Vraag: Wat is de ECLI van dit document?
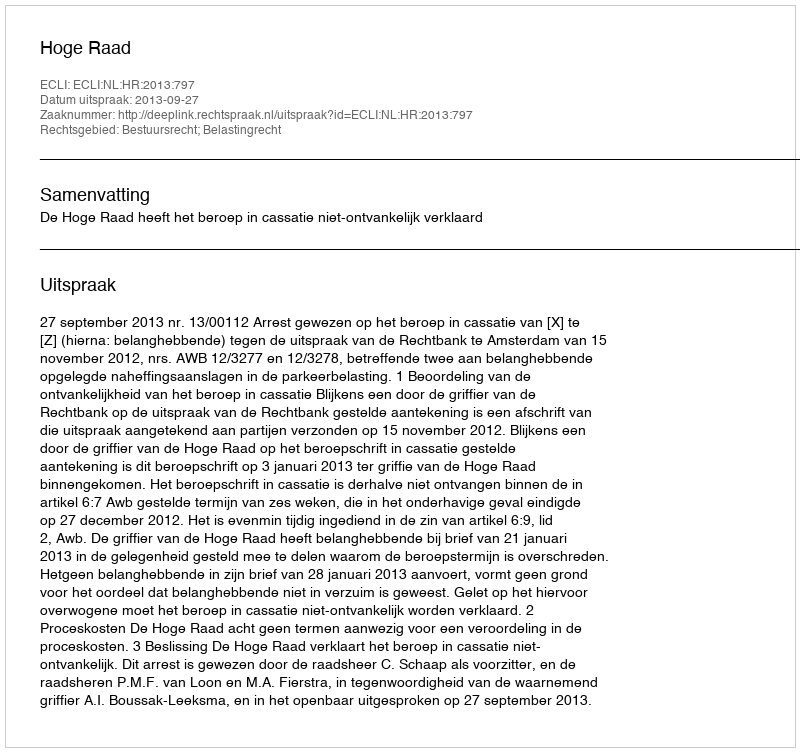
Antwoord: ECLI:NL:HR:2013:797